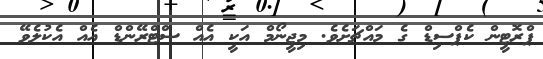
ޕްރޮޓީން ކެޕްސިޑް ގެ މައްޗަށެވެ. މިޖީނޯމް އަކީ އެއް ސްޓްރޭންޑް އެއް އެކުލެވޭ